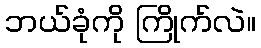
ဘယ်ခုံကို ကြိုက်လဲ။